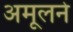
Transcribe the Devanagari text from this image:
अमूलने